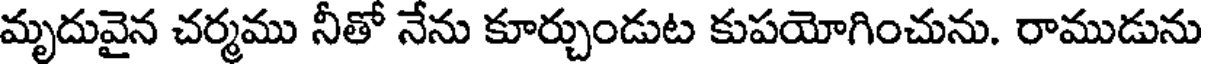
మృదువైన చర్మము నీతో నేను కూర్చుండుట కుపయోగించును. రాముడును